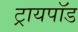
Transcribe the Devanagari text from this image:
ट्रायपाॅड